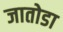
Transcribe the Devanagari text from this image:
जातोडा